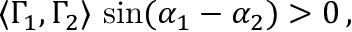
\langle \Gamma _ { 1 } , \Gamma _ { 2 } \rangle \, \sin ( \alpha _ { 1 } - \alpha _ { 2 } ) > 0 \, ,